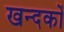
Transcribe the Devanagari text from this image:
खन्दकों